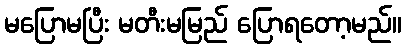
မပြောမပြီး မတီးမမြည် ပြောရတော့မည်။